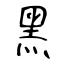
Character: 黑